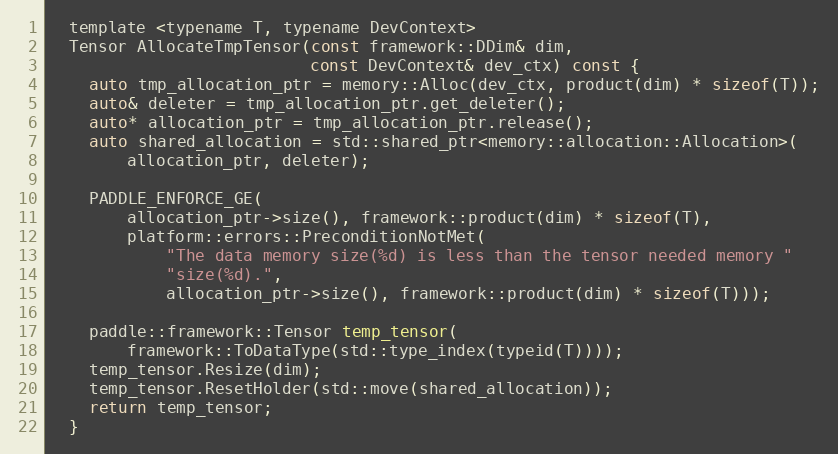
Language: C
  template <typename T, typename DevContext>
  Tensor AllocateTmpTensor(const framework::DDim& dim,
                           const DevContext& dev_ctx) const {
    auto tmp_allocation_ptr = memory::Alloc(dev_ctx, product(dim) * sizeof(T));
    auto& deleter = tmp_allocation_ptr.get_deleter();
    auto* allocation_ptr = tmp_allocation_ptr.release();
    auto shared_allocation = std::shared_ptr<memory::allocation::Allocation>(
        allocation_ptr, deleter);

    PADDLE_ENFORCE_GE(
        allocation_ptr->size(), framework::product(dim) * sizeof(T),
        platform::errors::PreconditionNotMet(
            "The data memory size(%d) is less than the tensor needed memory "
            "size(%d).",
            allocation_ptr->size(), framework::product(dim) * sizeof(T)));

    paddle::framework::Tensor temp_tensor(
        framework::ToDataType(std::type_index(typeid(T))));
    temp_tensor.Resize(dim);
    temp_tensor.ResetHolder(std::move(shared_allocation));
    return temp_tensor;
  }